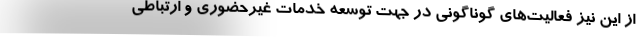
از این نیز فعالیت‌های گوناگونی در جهت توسعه خدمات غیرحضوری و ارتباطی